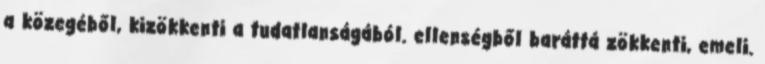
a közegéből, kizökkenti a tudatlanságából. ellenségből baráttá zökkenti, emeli.